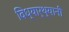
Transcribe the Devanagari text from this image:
विध्यार्थ्यानी